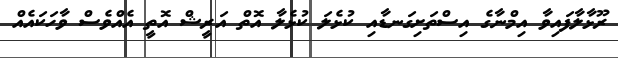
ރޫޅާލާފައިވާ އިމްނާގެ އިސްތަށިގަނޑާއި ކުޅެލަ ކުޅެލާ އޮތް އަރީޝް އޮތީ އެއްވެސް ވާހަކައެއް